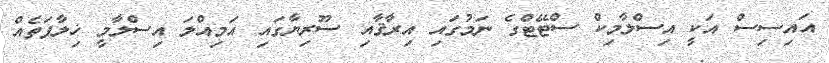
އައިސިސް އަކީ އިސްލާމިކް ސްޓޭޓްގެ ނަމުގައި އިރާޤާއި ސޫރިޔާގައި އަމިއްލަ އިސްލާމީ ޚިލާފަތެއް